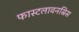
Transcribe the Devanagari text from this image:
फास्टलावनस्रिस